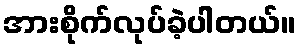
အားစိုက်လုပ်ခဲ့ပါတယ်။